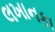
લખાનકા